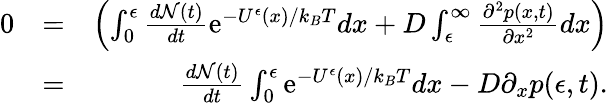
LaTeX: \begin{array}{rlr}{0}&{=}&{\left(\int_{0}^{\epsilon}\frac{d{\mathcal N}(t)}{dt}{\mathrm e}^{-U^{\epsilon}(x)/k_{B}T}dx+D\int_{\epsilon}^{\infty}\frac{\partial^{2}p(x,t)}{\partial x^{2}}dx\right)}\\ &{=}&{\frac{d{\mathcal N}(t)}{dt}\int_{0}^{\epsilon}{\mathrm e}^{-U^{\epsilon}(x)/k_{B}T}dx-D\partial_{x}p(\epsilon,t).}\end{array}